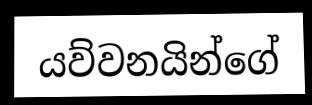
යව්වනයින්ගේ